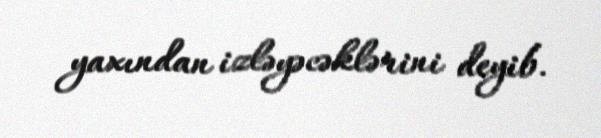
yaxından izləyəcəklərini deyib.